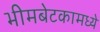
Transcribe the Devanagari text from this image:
भीमबेटकामध्ये